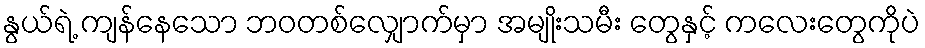
နွယ်ရဲ့ ကျန်နေသော ဘဝတစ်လျှောက်မှာ အမျိုးသမီး တွေနှင့် ကလေးတွေကိုပဲ